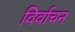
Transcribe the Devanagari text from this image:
विर्वाचन